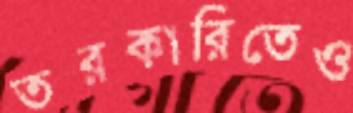
তরকারিতেও